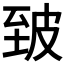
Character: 𰤣